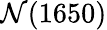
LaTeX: \mathcal{N}(1650)